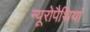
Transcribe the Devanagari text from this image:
न्यूरोपैथियां